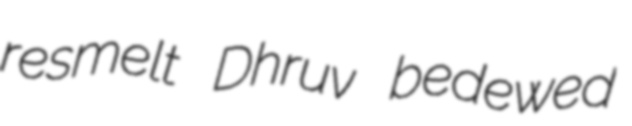
resmelt Dhruv bedewed